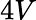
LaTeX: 4V